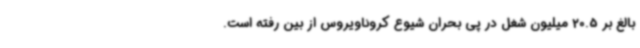
بالغ بر 20.5 میلیون شغل در پی بحران شیوع کروناویروس از بین رفته است.